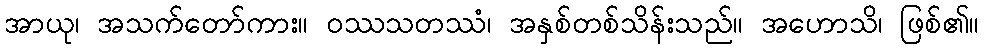
အာယု၊ အသက်တော်ကား။ ဝဿသတဿံ၊ အနှစ်တစ်သိန်းသည်။ အဟောသိ၊ ဖြစ်၏။